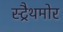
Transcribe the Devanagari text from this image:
स्ट्रैथमोर